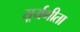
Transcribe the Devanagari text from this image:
सूर्यगीता